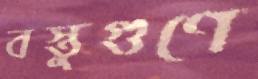
বস্তুগুণে